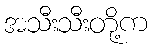
အသီးသီးတို့က